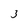
Character: 3